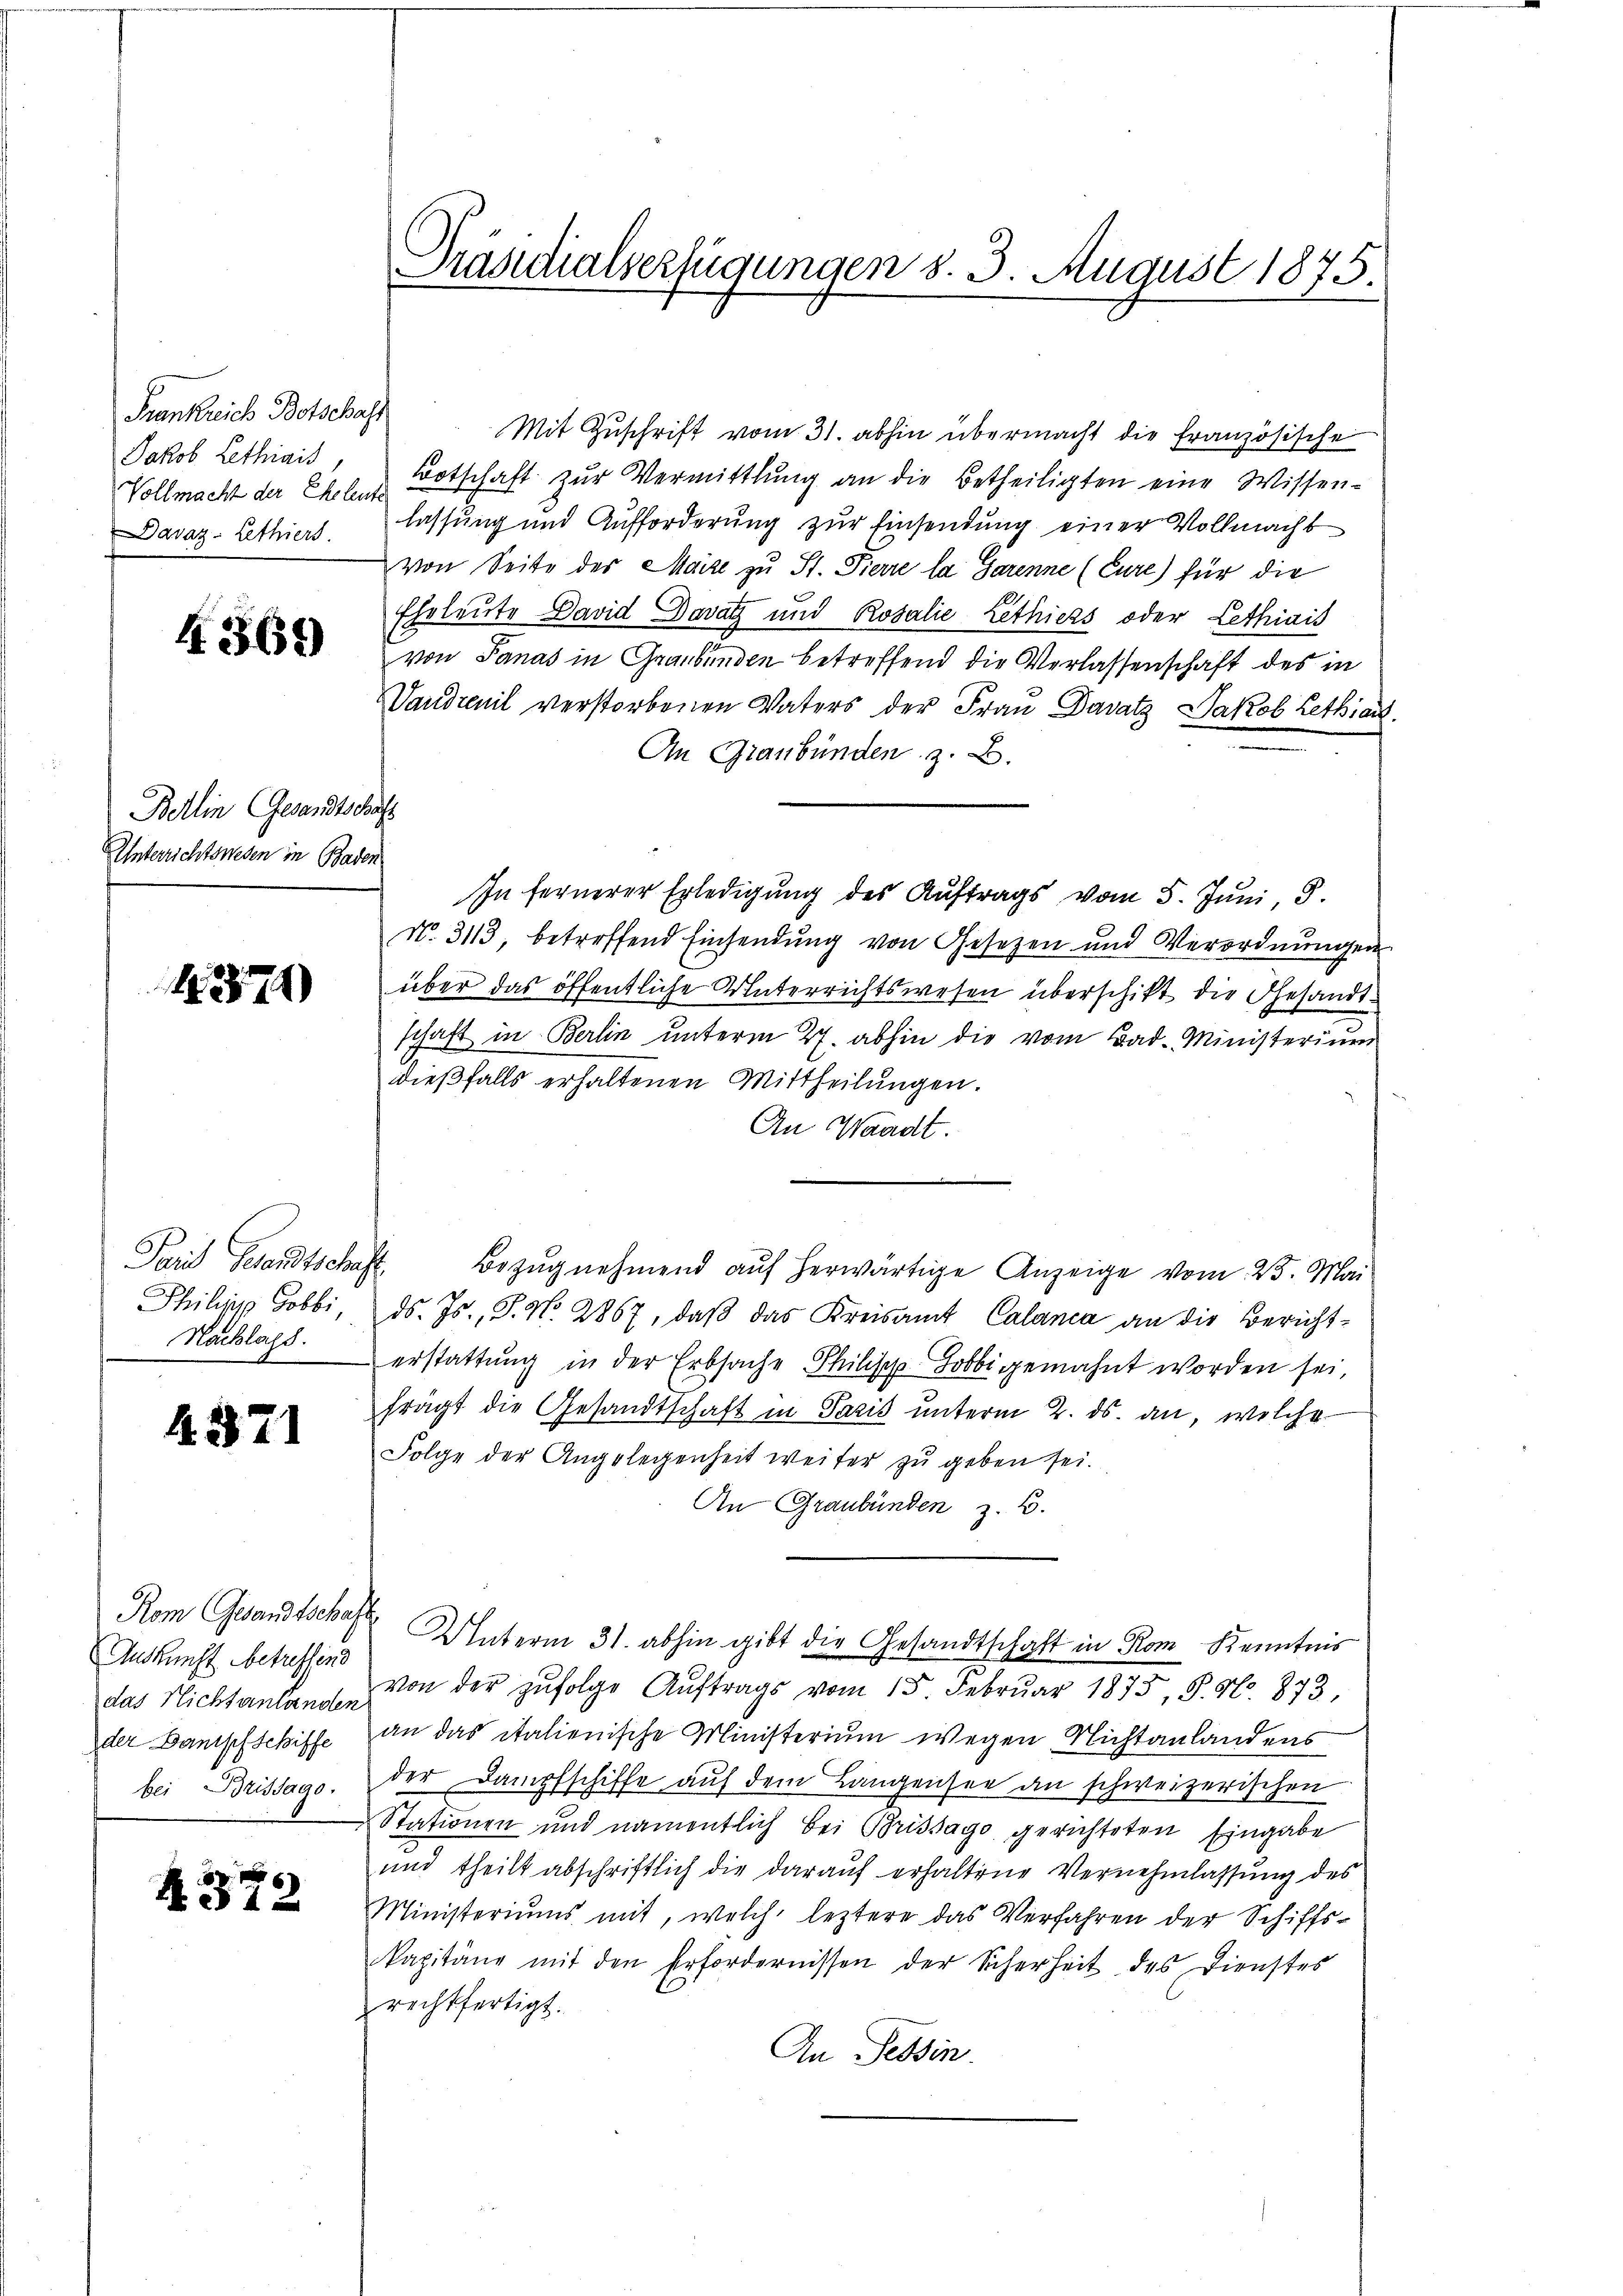
Frankreich Botschaft
Jakob Lethiais,
Davaz-Lethiers.

4. 369

Bellin Gesandtschaft
Unterrichtswesen in Baden

1374)

Paris Gesandtsch
Philias Gobbi,
Nachlags.

4371

Rom Gesandtschar
Auskunft betreffend
das Nichtanlanden
der Bantsch Schiffe
bei Brissago.

.
4572

Präsidialverfügungen d. 3. August 1875.

Mit Zuschrift vom 31. abhin übermacht die französische
Vollmacht der Ehele Botschaft zŭr Vermittlung an die Betheiligten eine Wissen-
lassung und Aufforderung zur Einsendung einer Vollmacht
von Seite der Maire zu St. Pierre la Parenne (Cure) für die
Eheleute David Davatz und Rosalie Lethiers oder Lethiais
von Panas in Graubünden betreffend die Verlassenschaft des in
Vandrenil verstorbenen Vaters der Frau Davatz Jakob Lethia
An Graubünden z. B.
In fernerer Erledigung des Auftrags vom 5. Juni, 8.
N. 3113, betreffend Einsendung von Gesetzen und Verordnŭngen
über das öffentliche Unterrichtswesen überschikt die Gesandtschaft in Berlin unterm 27. abhin die vom Bad- Ministerium
dießfalls erhaltenen Mittheilungen.
An Waadt.
d
Bezug nehmend auf herwärtige Anzeige vom 23. Mai
ds. Js., S. No. 2867, daß das Kreisamt Calanca an die Berichterstattung in der Erbsache Philisch-Tobbigemahnt worden sei,
frägt die Gesandtschaft in Paris unterm 2. ds. an, welche
Folge der Angelegenheit weiter zu geben sei.
An Graubünden z. B.
 Unterm 31. abhin gibt die Gesandtschaft in Rom Kenntnis
von der zŭfolge Aŭftrags vom 15. Febrŭar 1873, S. N. 873,
an das italienische Ministerium wegen Nichtanlandens
der Dampfschiffe auf dem Längensee an schweizerischen
Stationen und namentlich bei Brissago gerichteten Eingabe
und theilt abschriftlich die darauf erhaltene Vernehmlassung des
Ministeriums mit, welch leztere das Verfahren der Schiffs-
kapitäng mit den Erfordernissen der Sicherheit des Dienstes
rechtfertigt.
An Tessin.